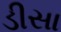
ડીસા